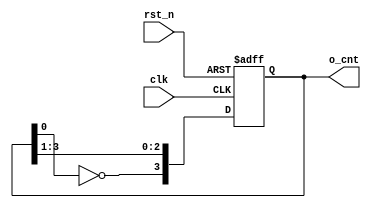
// --------------------------------------------------------------------
// >>>>>>>>>>>>>>>>>>>>>>>>> COPYRIGHT NOTICE <<<<<<<<<<<<<<<<<<<<<<<<<
// --------------------------------------------------------------------
// Github: https://github.com/halftop
// Description: 
// Dependencies: 
// Since: 2019-05-26 11:01:32
// LastEditors: halftop
// LastEditTime: 2019-05-26 11:01:32
// ********************************************************************
// Module Function: 
module cnt_johnson(
    input clk, rst_n,
    output [3:0] o_cnt
    );
    reg [3:0] cnt;
always @(posedge clk or negedge rst_n) begin
	if (!rst_n) begin
		cnt <= 4'b0000;
	end else begin
		cnt <= {~cnt[0],cnt[3:1]};
	end
end

assign o_cnt = cnt;

endmodule